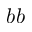
{ b b }